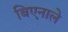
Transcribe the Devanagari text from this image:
बिएनाले